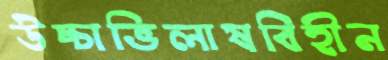
উচ্চাভিলাষবিহীন